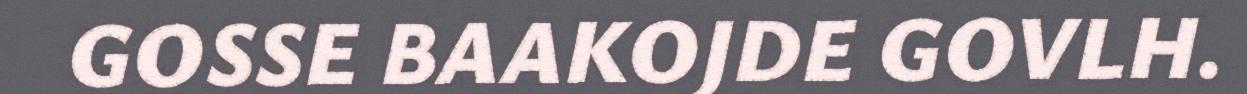
GOSSE BAAKOJDE GOVLH.